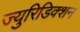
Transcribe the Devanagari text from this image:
ज्युरिडिक्शन